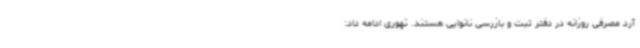
آرد مصرفی روزانه در دفتر ثبت و بازرسی نانوایی هستند. تهوری ادامه داد: